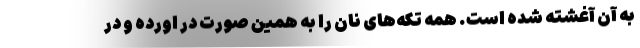
به آن آغشته شده است. همه تکه‌های نان را به همین صورت در اورده و در